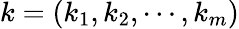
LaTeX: k=\left(k_{1},k_{2},\cdots,k_{m}\right)